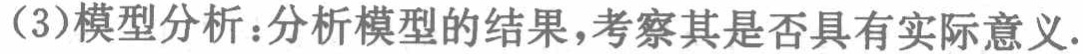
（3）模型分析：分析模型的结果，考察其是否具有实际意义.